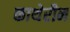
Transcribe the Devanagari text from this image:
काथेरीन